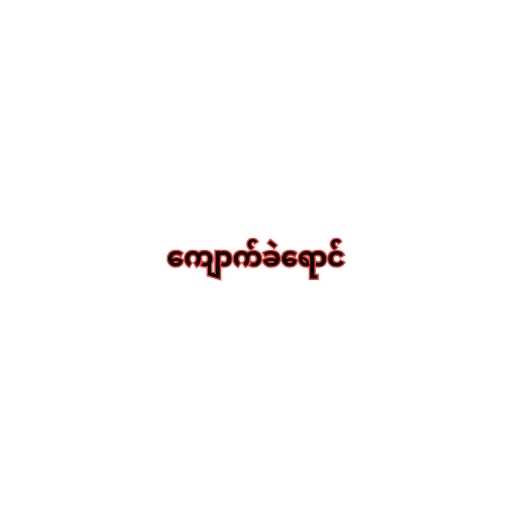
ကျောက်ခဲရောင်